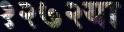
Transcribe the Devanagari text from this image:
१२७२या